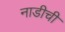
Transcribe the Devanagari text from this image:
नाडीची